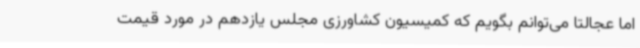
اما عجالتا می‌توانم بگویم که کمیسیون کشاورزی مجلس یازدهم در مورد قیمت